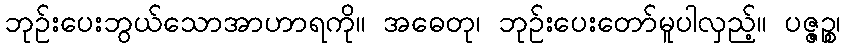
ဘုဉ်းပေးဘွယ်သောအာဟာရကို။ အဓေတု၊ ဘုဉ်းပေးတော်မူပါလှည့်။ ပဇ္ဇဉ္စ၊